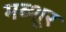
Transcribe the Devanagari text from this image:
मब्शूर